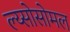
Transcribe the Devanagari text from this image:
ल्य्सोसोमल